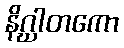
နိဂ္ဃါတကော